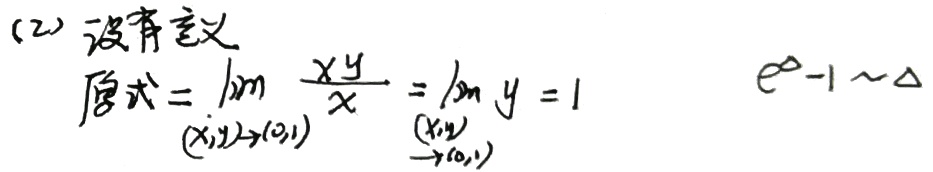
(2) 没有意义。原式\(=\lim_{(x,y)\to(0,1)}\frac{xy}{x}=\lim_{(x,y)\to(0,1)}y = 1\)，\(e^{\Delta}-1\sim\Delta\)